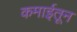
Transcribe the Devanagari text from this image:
कमाईतून